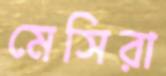
মেসিরা